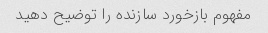
مفهوم بازخورد سازنده را توضیح دهید